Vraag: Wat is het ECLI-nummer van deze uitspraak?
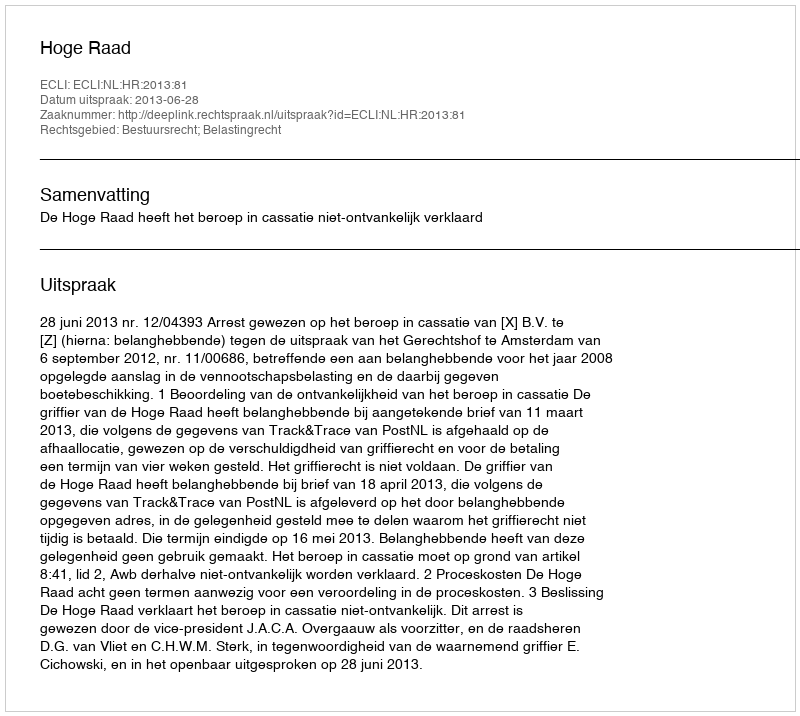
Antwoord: ECLI:NL:HR:2013:81